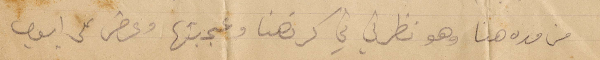
من مدة هنا وهو نظرتي في كرتهنا وعجبتها وعرض على أيوب